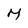
Character: M